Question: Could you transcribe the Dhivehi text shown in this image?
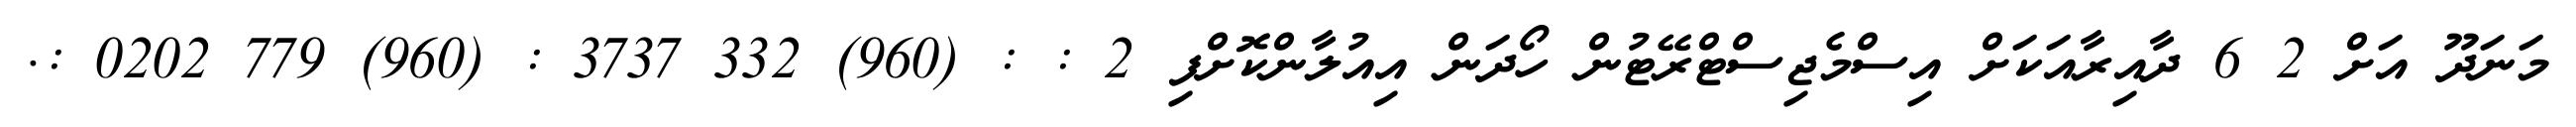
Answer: މަނަދޫ އަށް 2 6 ދާއިރާއަކަށް އިސްމެޖިސްޓްރޭޓުން ހޯދަން އިއުލާންކޮށްފި 2 : : (960) 332 3737 : (960) 779 0202 :.